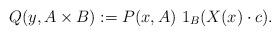
LaTeX: \begin{align*}Q(y,A \times B):= P(x,A) \ 1_{B}(X(x) \cdot c).\end{align*}